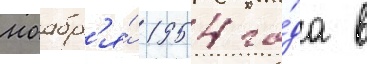
ноабр'я́ 1954 го́да в